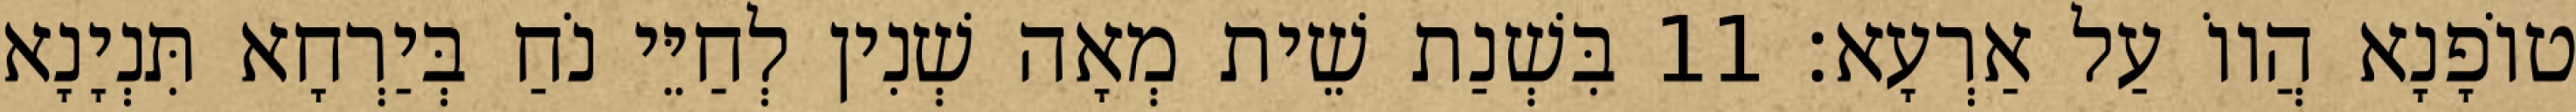
טוֹפָנָא הֲווֹ עַל אַרְעָא׃ 11 בִּשְׁנַת שֵׁית מְאָה שְׁנִין לְחַיֵּי נֹחַ בְּיַרְחָא תִּנְיָנָא